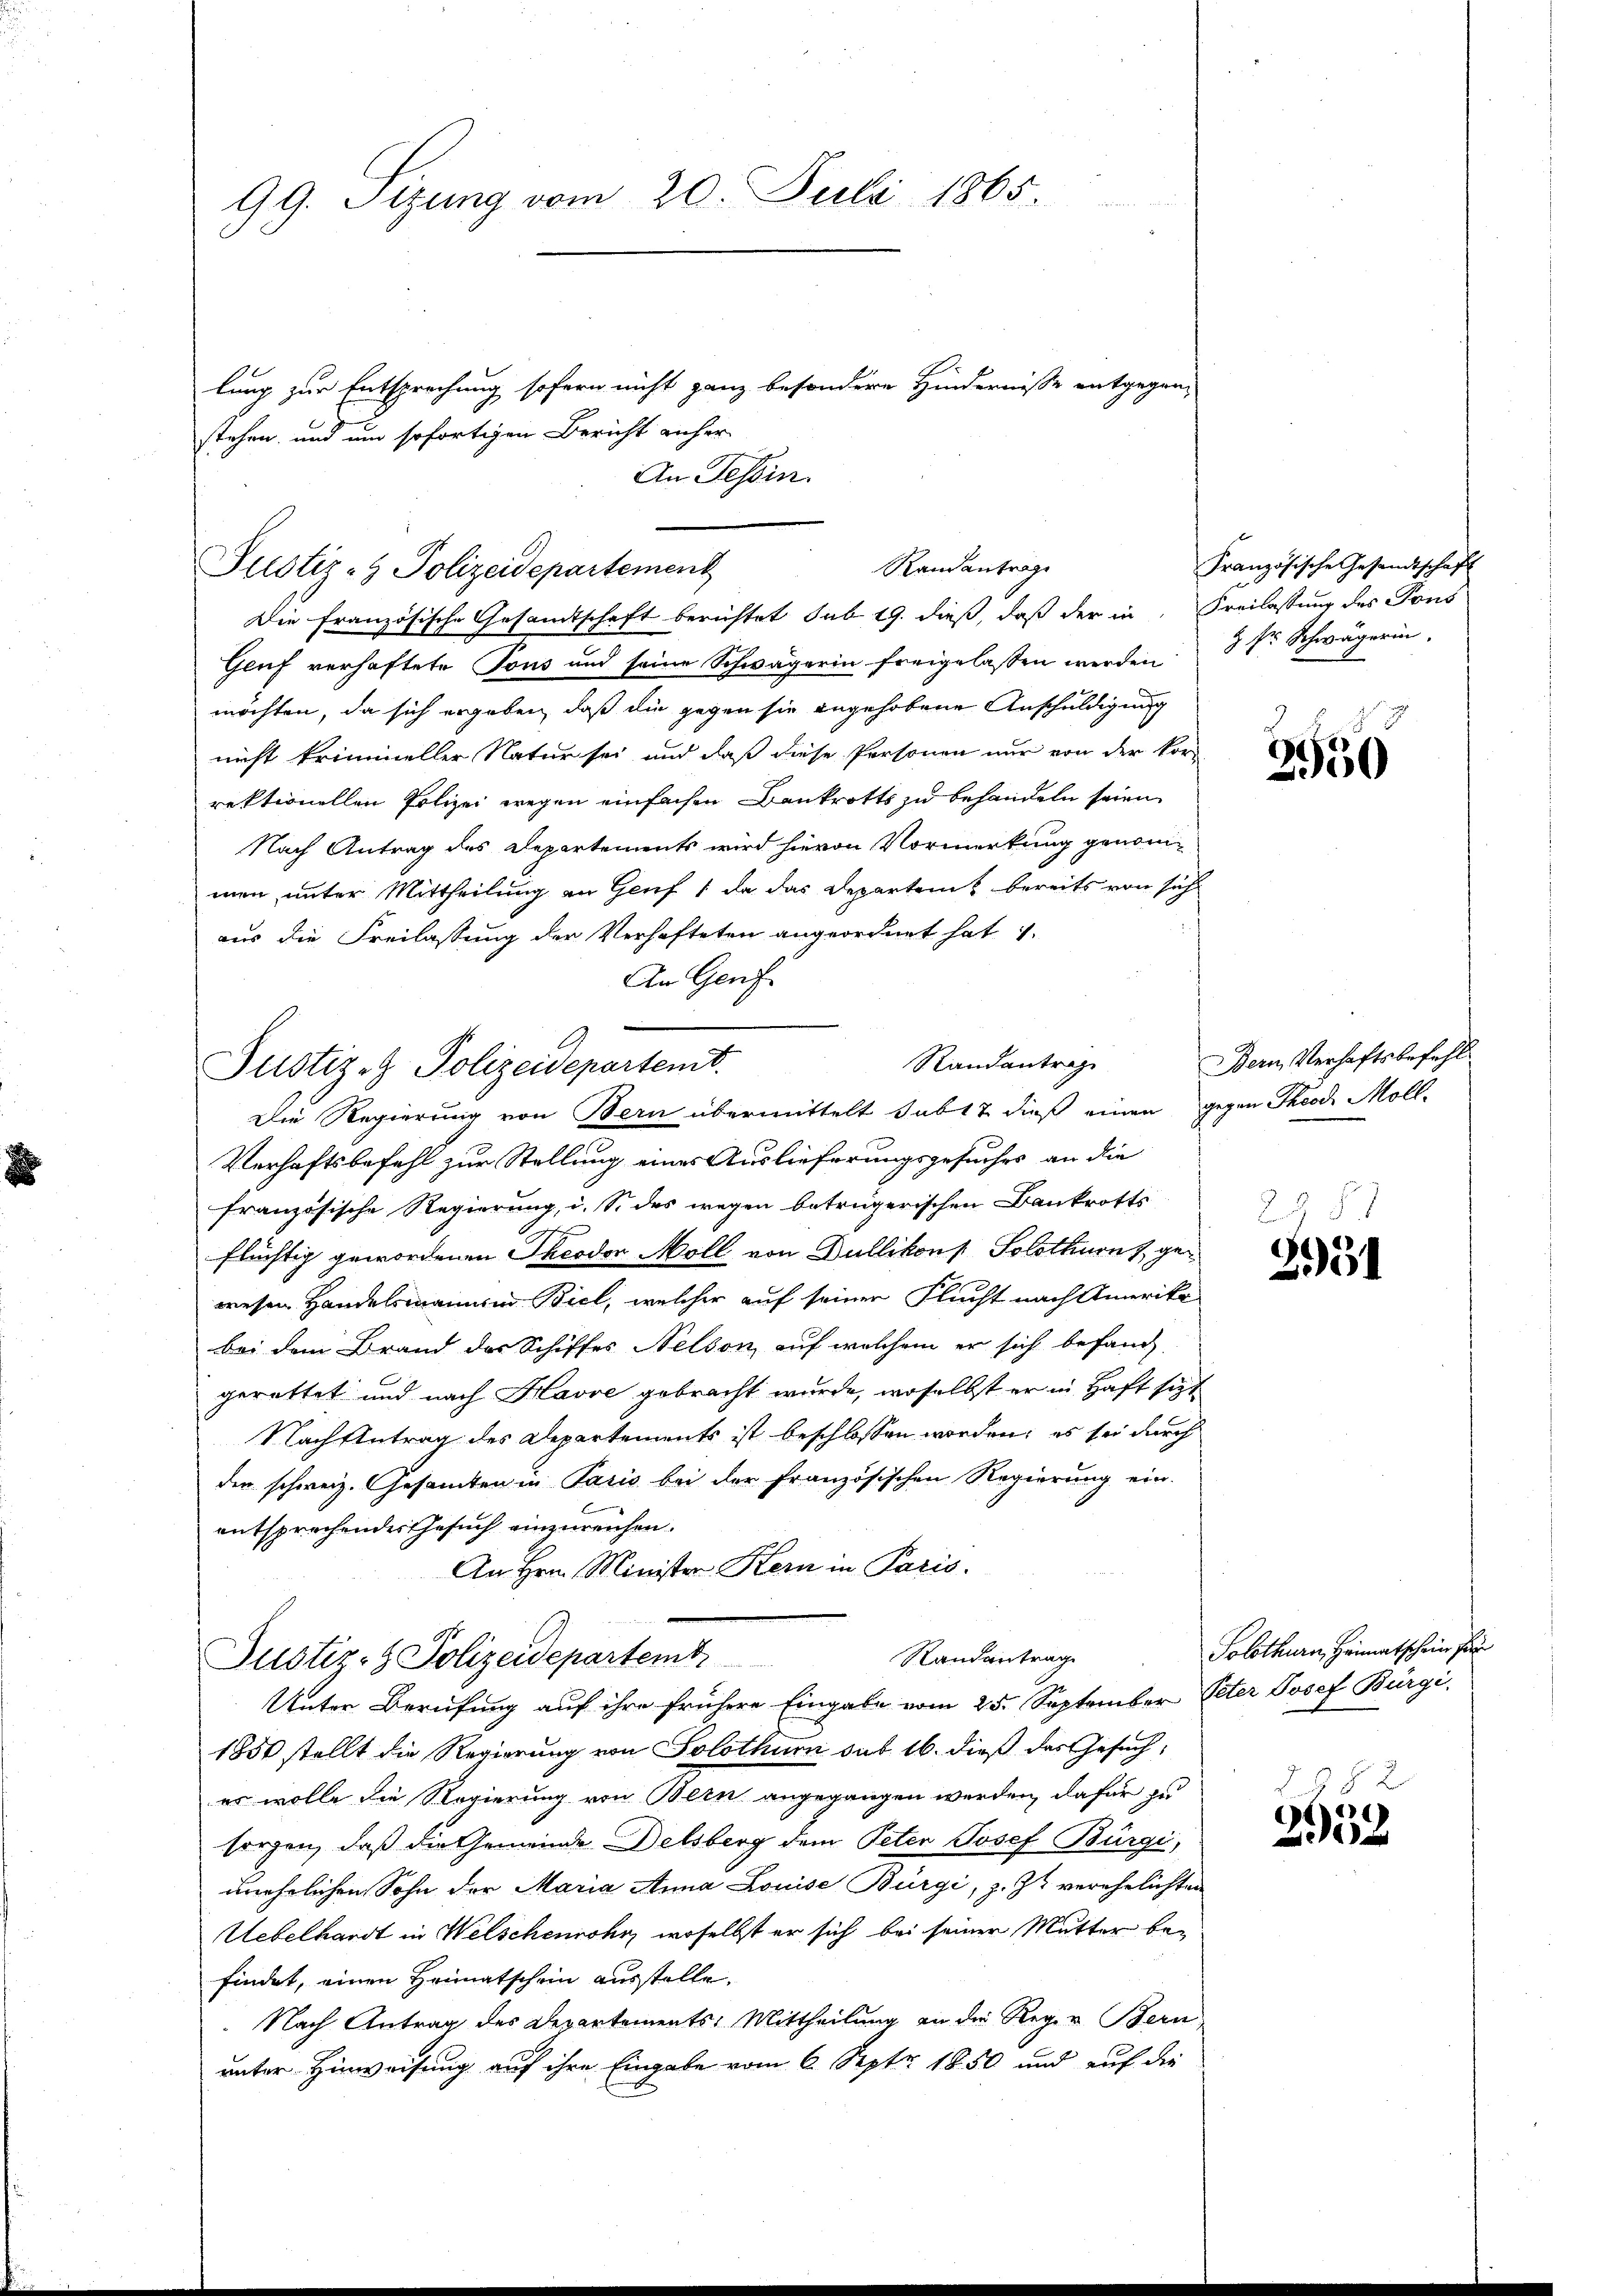
99. Sizung vom 20. Juli 1865.

stehen, und um sofortigen Bericht anher
Justiz- & Polizeidepartement

lung zur Entsprechung sofern nicht ganz besondere Hindernisse entgegen-
An Tessin.
Genf verhaftete Tous und seine Schwägerin freigelassen werden 3 Fr. Schwägerin,
möchten, da sich ergeben, daß die gegen sie angehobene Anschuldigung
nicht krimineller Natur sei und daß diese Personen nur von der Vor-
rektionellen Polizei wegen einfachen Bankrotts zu behandeln seien
Nach Antrag des Departements wird hievon Vormerkung genommen, unter Mittheilung an Genf, da das Departem bereits von sich
aus die Freilassung der Verhafteten angeordnet hat 1
An Genf
Die Regierung von Bern übermittelt habt 7 dieß einen gegen Theod. Moll-
Verhaftsbefehl zur Stellung eines Auslieferungsgesuches an die
französische Regierung, i. S. des wegen betrügerischen Bankrotts
flüchtig gewordenen Theodor Moll von Dullikon [ Solothurn, gewesen Handelsmannen Biel, welcher auf seiner Flucht nach Amerika
bei dem Brand des Schiffes Nelson, auf welchem er sich befang
gerettet und nach Havve gebracht wurde, woselbst er in Haft sezt
Nach Antrag des Departements ist beschlossen worden; es sei durch
den schweiz. Gesamten in Paris bei der französischen Regierung ein-
entsprechendes Gesuch einzureichen.
An Hrn. Minister Kern in Paris.
Randantrage
Justiz- & Polizeidepartemb
Unter Berufung auf ihre frühere Eingabe vom 25. September Peter Josef Bürgi,
1856 stellt die Regierung von Solothurn sub 16. dieß das Gesuch,
er wolle die Regierung von Bern angegangen werden, dafür zu
sorgen, daß die Gemeinde Delsberg dem Peter Josef Bürgi,
unehelichen Sohn der Maria Anna Louise Bürgi, z. Zt. verehelichten
Uebelhardt in Welschenrohr, woselbst er sich bei seiner Mutter befindet, einen Heimatschein ausstelle.
Nach Antrag des Departements, Mittheilung an die Reger Bern,
unter Hinweisung auf ihre Eingabe vom 6. Sept. 1850 und auf die

Justiz- & Polizeidepartemt.

Randantrage
Die französische Gesandtschaft berichtet sub 19. dieß, daß der in Freilassung des Sons

Randantrage

Französische Gesandtschaft

2550

Bern, Verhaftsbefehl

22 84
351

Solothurn, Heimatschein Pr

82
2052